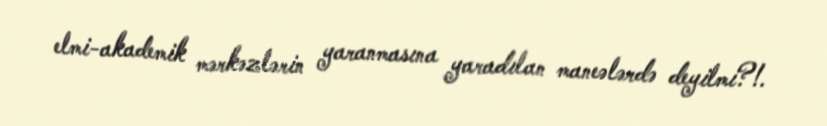
elmi-akademik mərkəzlərin yaranmasına yaradılan maneələrdə deyilmi?!.